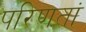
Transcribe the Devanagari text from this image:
परिणतां